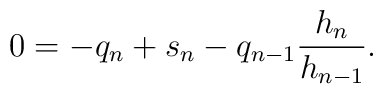
0=-q_{n}+s_n -q_{n-1}\frac{h_{n}}{h_{n-1}} .